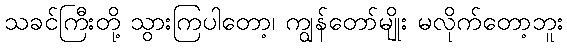
သခင်ကြီးတို့ သွားကြပါတော့၊ ကျွန်တော်မျိုး မလိုက်တော့ဘူး